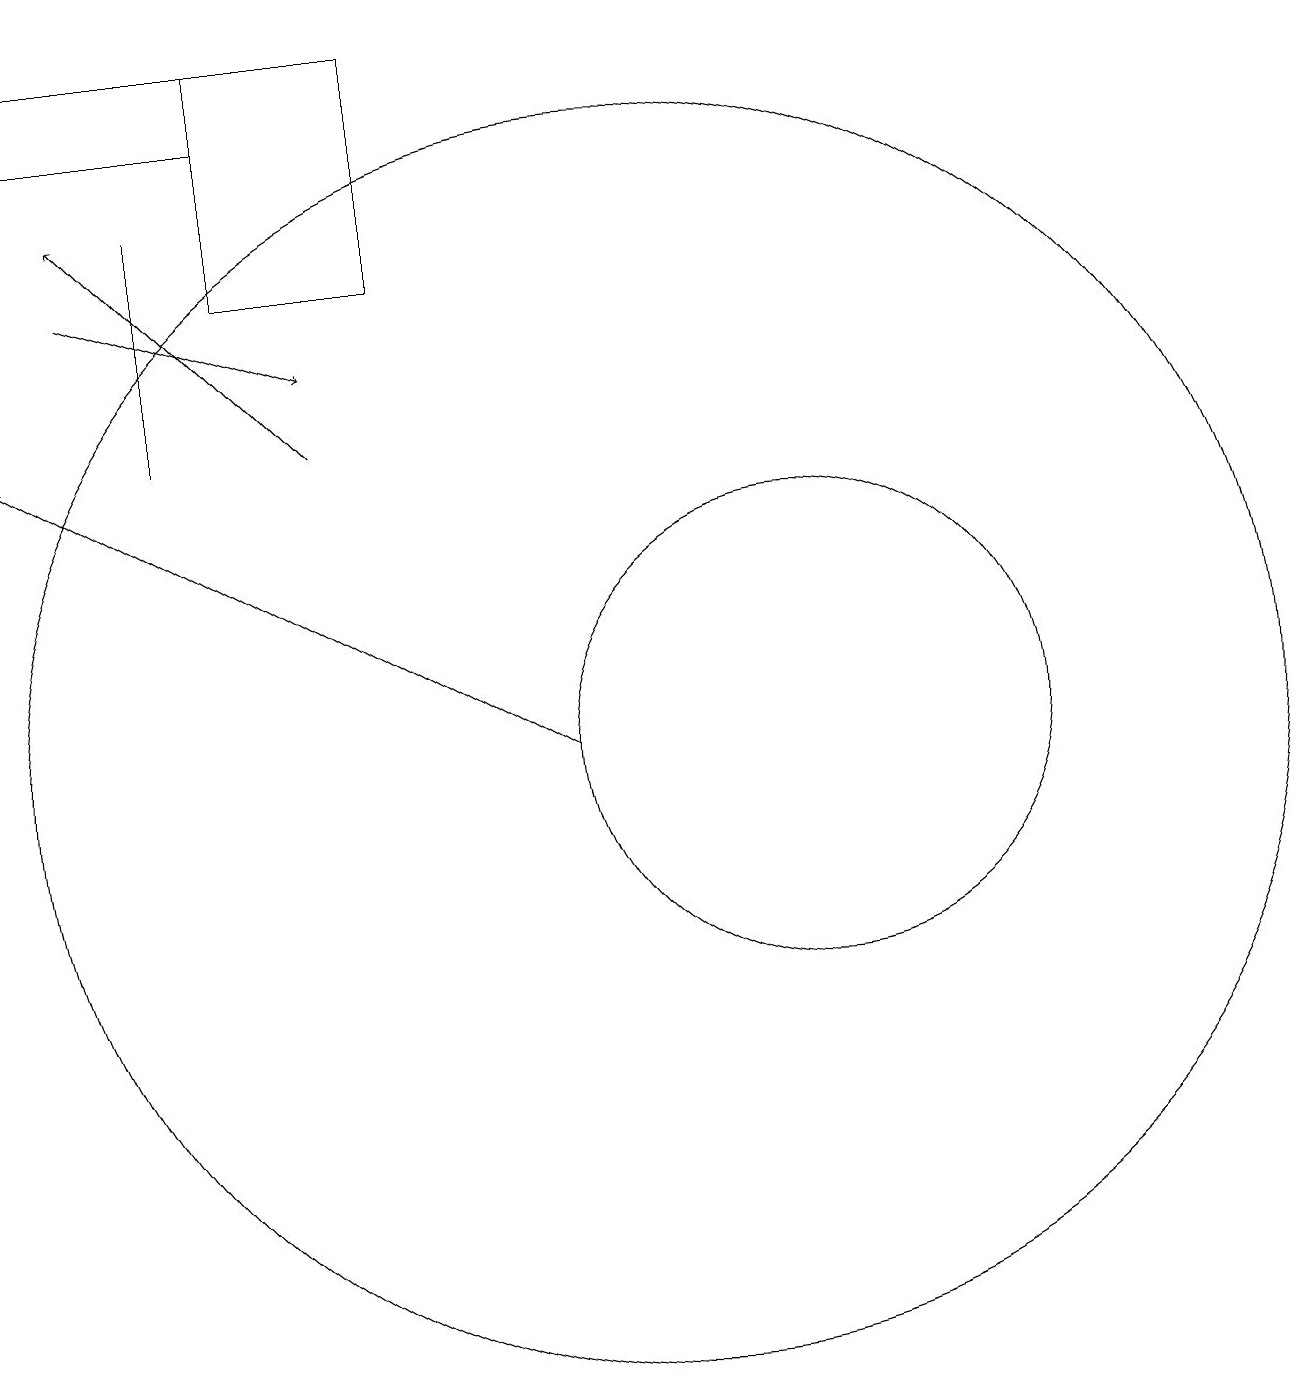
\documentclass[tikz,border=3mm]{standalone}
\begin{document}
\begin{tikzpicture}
\draw (5,18) rectangle (2,19);
\draw[->] (6,14) -- (3,17);
\draw (12,10) circle (3);
\draw[->] (9,10) -- (2,14);
\draw (10,10) circle (8);
\draw (5,19) rectangle (7,16);
\draw (4,14) rectangle (4,17);
\draw[->] (3,16) -- (6,15);
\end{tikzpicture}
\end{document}